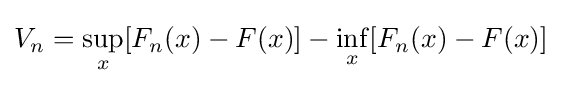
V_{n}=\sup _{x}[F_{n}(x)-F(x)]-\inf _{x}[F_{n}(x)-F(x)]